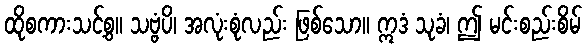
ထိုစကားသင့်စွ။ သဗ္ဗံပိ၊ အလုံးစုံလည်း ဖြစ်သော။ ဣဒံ သုခံ၊ ဤ မင်းစည်းစိမ်